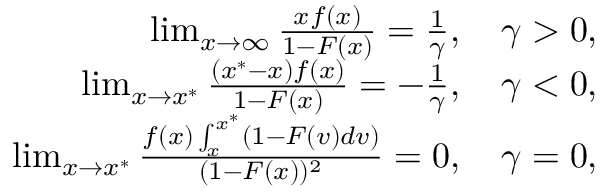
\begin{array} { r } { \operatorname* { l i m } _ { x \to \infty } \frac { x f ( x ) } { 1 - F ( x ) } = \frac { 1 } { \gamma } , \quad \gamma > 0 , } \\ { \operatorname* { l i m } _ { x \to x ^ { * } } \frac { ( x ^ { * } - x ) f ( x ) } { 1 - F ( x ) } = - \frac { 1 } { \gamma } , \quad \gamma < 0 , } \\ { \operatorname* { l i m } _ { x \to x ^ { * } } \frac { f ( x ) \int _ { x } ^ { x ^ { * } } ( 1 - F ( v ) d v ) } { ( 1 - F ( x ) ) ^ { 2 } } = 0 , \quad \gamma = 0 , } \end{array}